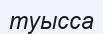
туысса